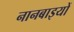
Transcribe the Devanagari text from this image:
नानबाइयों